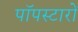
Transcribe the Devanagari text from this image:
पॉपस्टारों